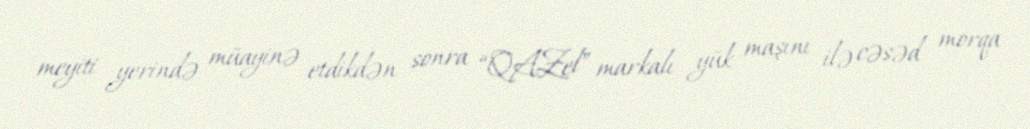
meyiti yerində müayinə etdikdən sonra “QAZel” markalı yük maşını ilə cəsəd morqa